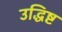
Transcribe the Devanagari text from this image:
उद्धिष्ट